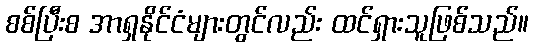
စစ်ပြီးစ အာရှနိုင်ငံများတွင်လည်း ထင်ရှားသူဖြစ်သည်။